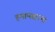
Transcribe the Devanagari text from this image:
हमामखाना